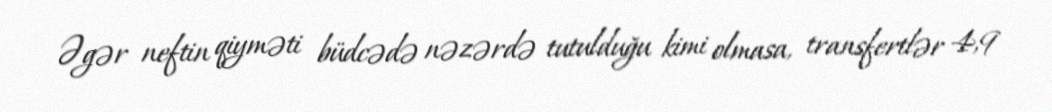
Əgər neftin qiyməti büdcədə nəzərdə tutulduğu kimi olmasa, transfertlər 4,9